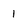
Character: 1